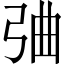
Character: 𢏣